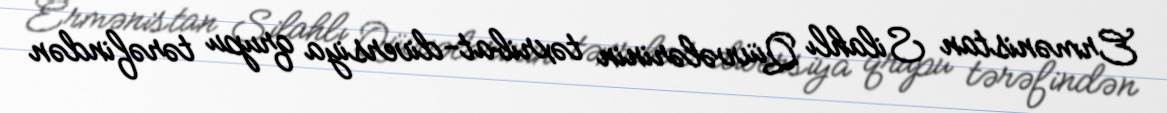
Ermənistan Silahlı Qüvvələrinin təxribat-diversiya qrupu tərəfindən